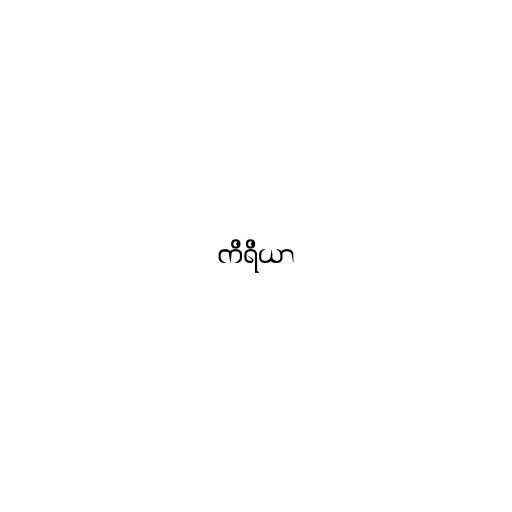
ကိရိယာ